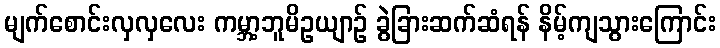
မျက်စောင်းလှလှလေး ကမ္ဘာ့ဘူမိဥယျာဉ် ခွဲခြားဆက်ဆံရန် နိမ့်ကျသွားကြောင်း